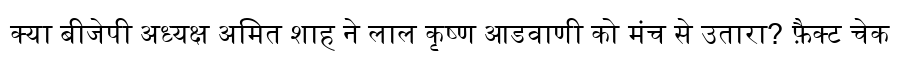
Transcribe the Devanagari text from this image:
क्या बीजेपी अध्यक्ष अमित शाह ने लाल कृष्ण आडवाणी को मंच से उतारा? फ़ैक्ट चेक